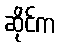
ဆိုင်က